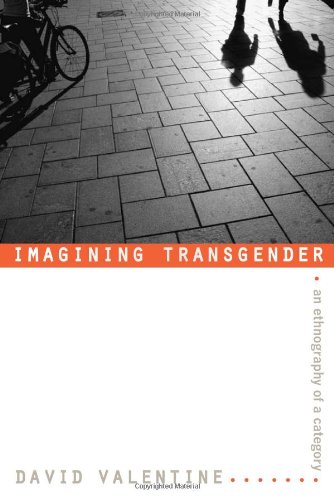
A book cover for Imagining Transgender: An Ethnography of a Category; David Valentine; Gay & Lesbian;